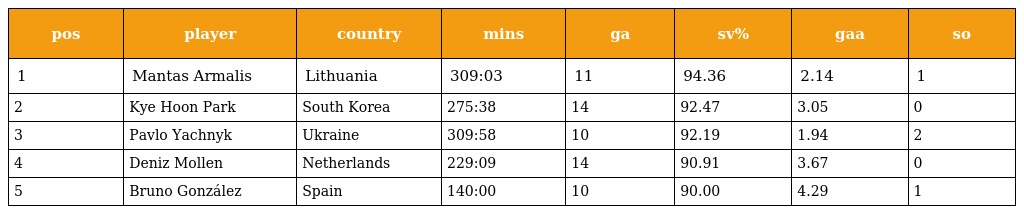
| pos | player | country | mins | ga | sv% | gaa | so |
 | --- | --- | --- | --- | --- | --- | --- | --- |
 | 1 | Mantas Armalis | Lithuania | 309:03 | 11 | 94.36 | 2.14 | 1 |
 | 2 | Kye Hoon Park | South Korea | 275:38 | 14 | 92.47 | 3.05 | 0 |
 | 3 | Pavlo Yachnyk | Ukraine | 309:58 | 10 | 92.19 | 1.94 | 2 |
 | 4 | Deniz Mollen | Netherlands | 229:09 | 14 | 90.91 | 3.67 | 0 |
 | 5 | Bruno González | Spain | 140:00 | 10 | 90.00 | 4.29 | 1 |